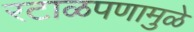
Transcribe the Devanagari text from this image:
रटाळपणामुळे